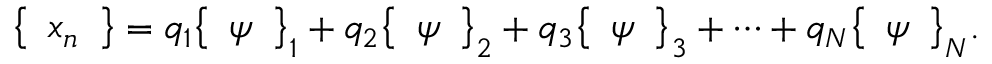
{ \left\{ \begin{array} { l } { x _ { n } } \end{array} \right\} } = q _ { 1 } { \left\{ \begin{array} { l } { \psi } \end{array} \right\} } _ { 1 } + q _ { 2 } { \left\{ \begin{array} { l } { \psi } \end{array} \right\} } _ { 2 } + q _ { 3 } { \left\{ \begin{array} { l } { \psi } \end{array} \right\} } _ { 3 } + \cdots + q _ { N } { \left\{ \begin{array} { l } { \psi } \end{array} \right\} } _ { N } .